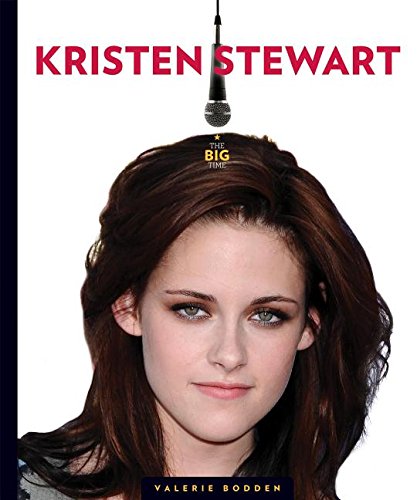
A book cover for The Big Time: Kristen Stewart; Valerie Bodden; Children's Books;